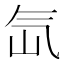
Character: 氙